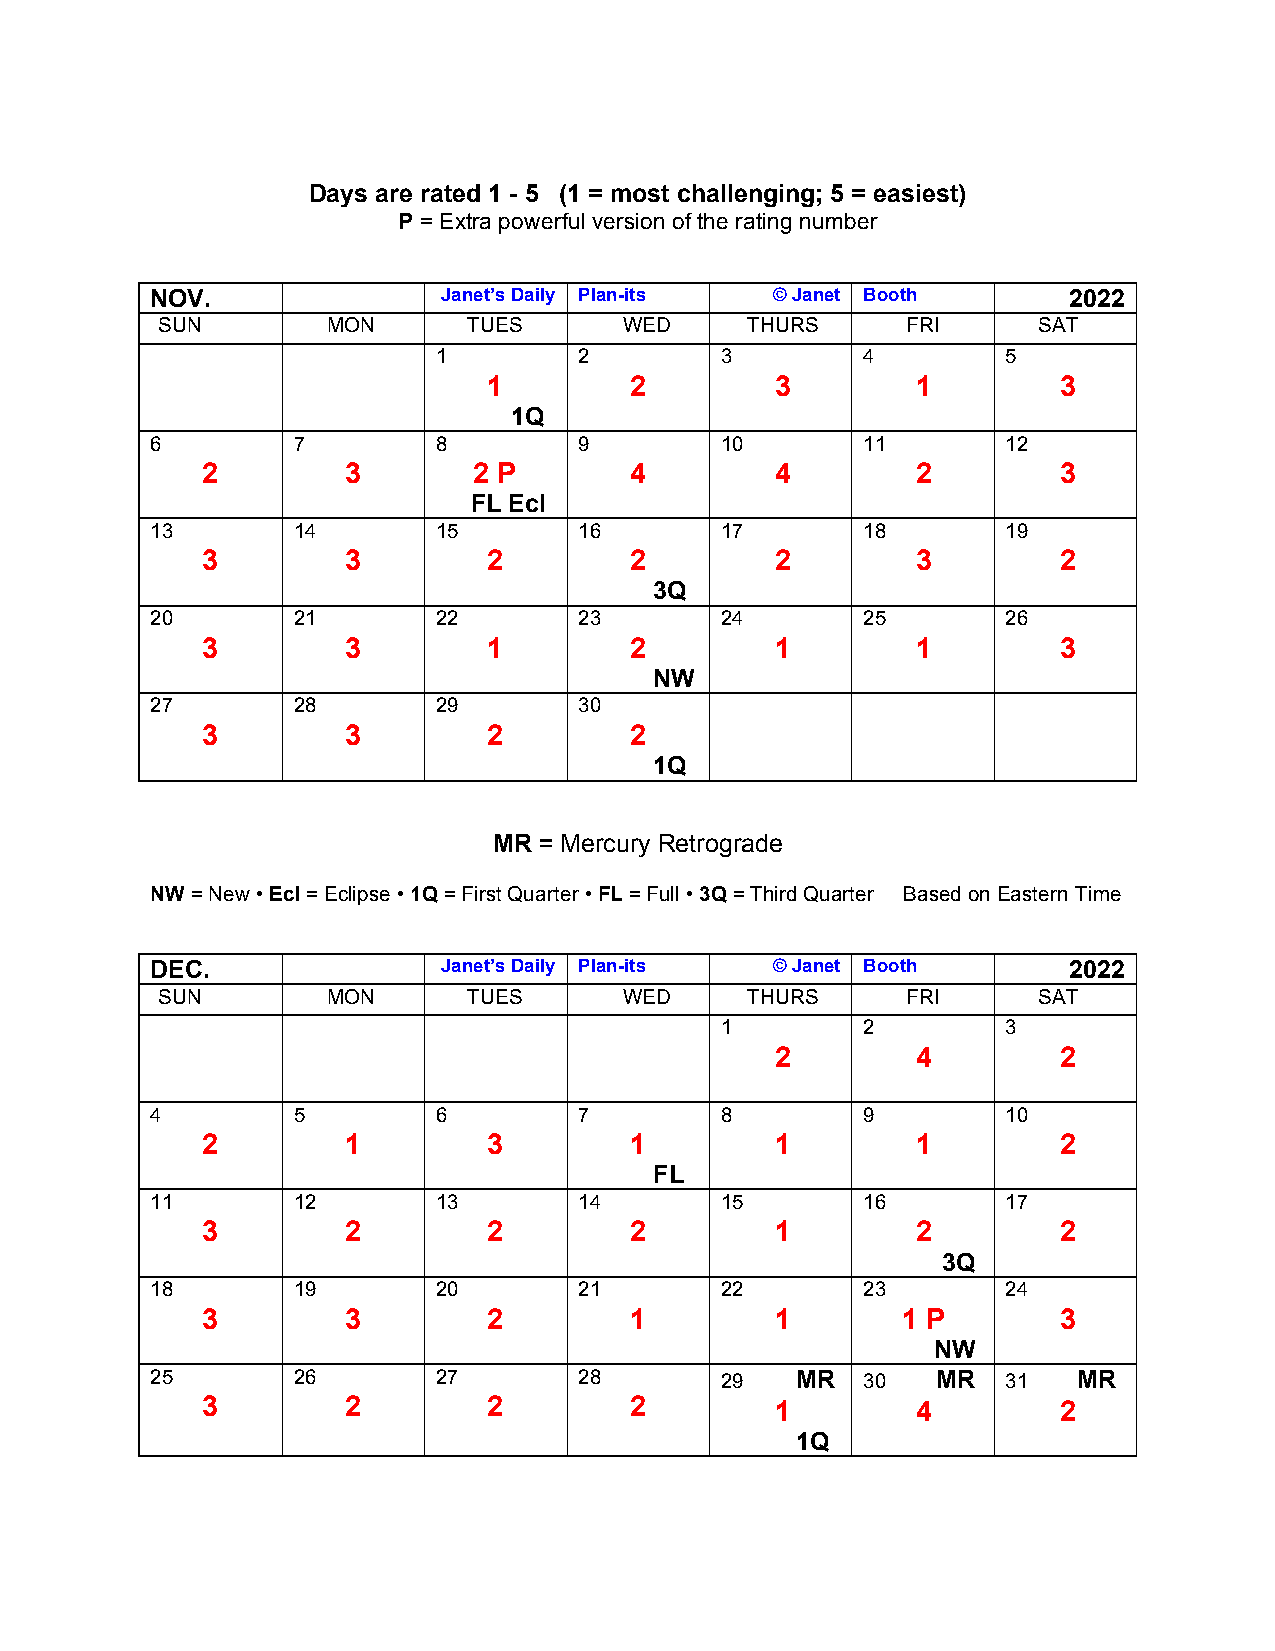
Days are rated 1 - 5 (1 = most challenging; 5 = easiest)
 P = Extra powerful version of the rating number
 NOV.               Janet’s Daily Plan-its © Janet Booth      2022
 SUN         MON      TUES      WED     THURS      FRI      SAT
 1        2         3        4         5
 1         2        3         1        3
 1Q
 6        7         8        9         10       11        12
 2         3       2 P        4        4         2        3
 FL Ecl
 13       14        15       16        17       18        19
 3         3        2         2        2         3        2
 3Q
 20       21        22       23        24       25        26
 3         3        1         2        1         1        3
 NW
 27       28        29       30
 3         3        2         2
 1Q
 MR = Mercury Retrograde
 NW = New • Ecl = Eclipse • 1Q = First Quarter • FL = Full • 3Q = Third Quarter Based on Eastern Time
 DEC.               Janet’s Daily Plan-its © Janet Booth      2022
 SUN         MON      TUES      WED     THURS      FRI      SAT
 1        2         3
 2         4        2
 4        5         6        7         8        9         10
 2         1        3         1        1         1        2
 FL
 11       12        13       14        15       16        17
 3         2        2         2        1         2        2
 3Q
 18       19        20       21        22       23        24
 3         3        2         1        1        1 P       3
 NW
 25       26        27       28        29   MR  30   MR   31  MR
 3         2        2         2        1         4        2
 1Q